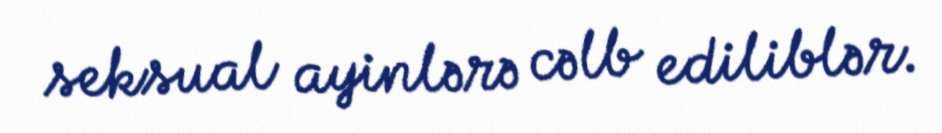
seksual ayinlərə cəlb ediliblər.